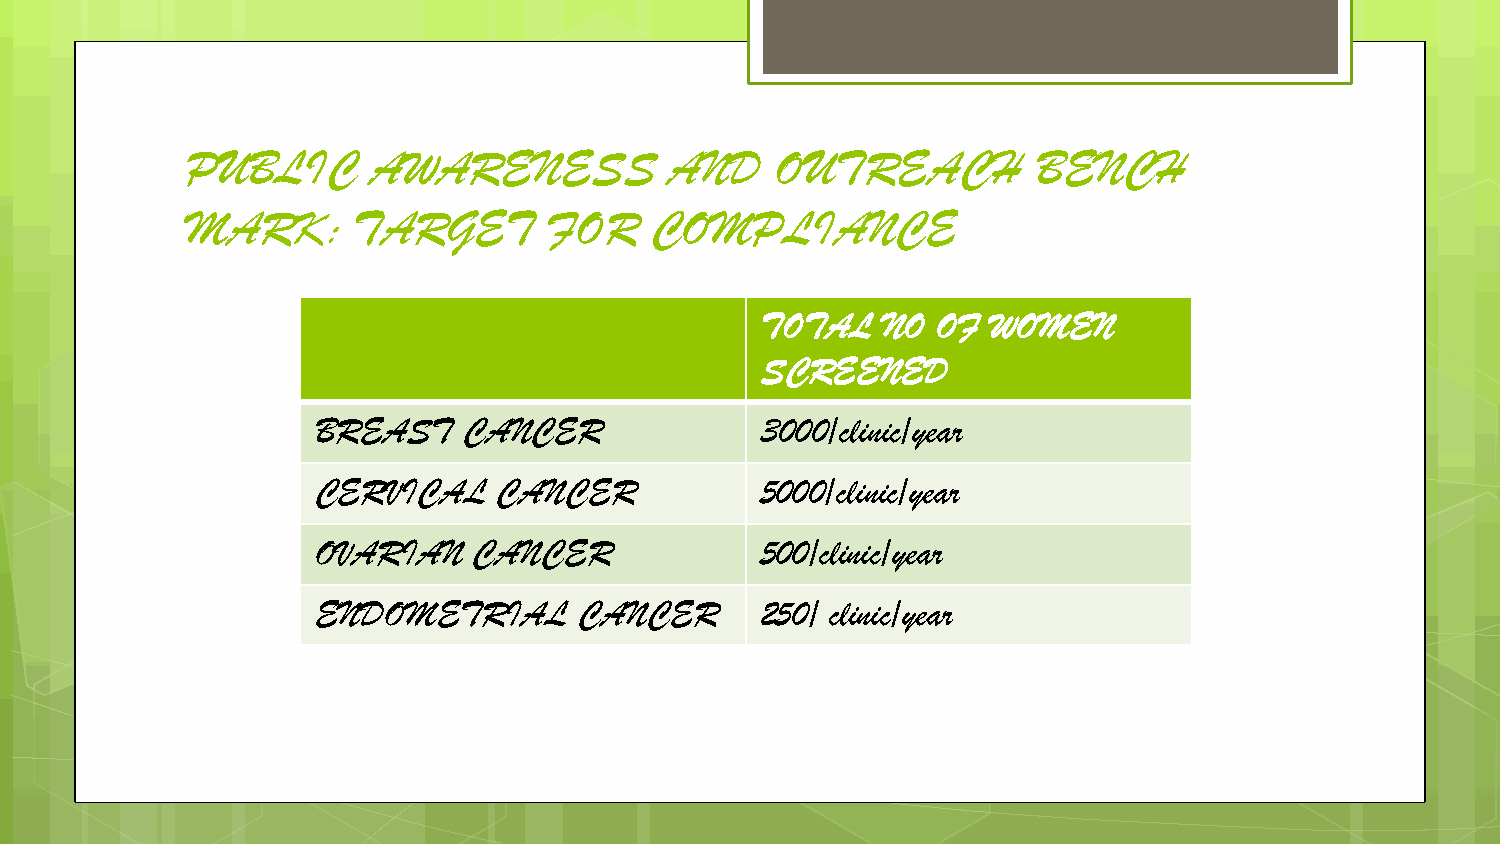
PUBLIC       AWARENESS          AND    OUTREACH          BENCH
 MARK:      TARGET       FOR    COMPLIANCE
 TOTAL   NO  OF  WOMEN
 SCREENED
 BREAST    CANCER             3000/clinic/year
 CERVICAL    CANCER           5000/clinic/year
 OVARIAN   CANCER             500/clinic/year
 ENDOMETRIAL      CANCER      250/ clinic/year